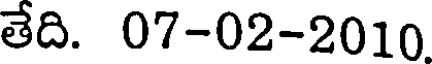
తేది. 07-02-2010